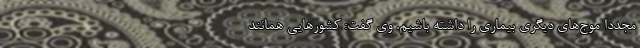
مجددا موج‌های دیگری بیماری را داشته باشیم. وی گفت: کشورهایی همانند